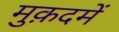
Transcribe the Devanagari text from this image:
मुक़दमें